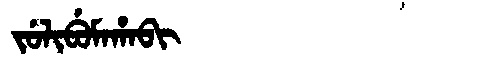
Manchu: ᠵᡠᠯᡳᠪᡠᠮᠠᡥᠠᠪᡳ
Romanization: JULIBUMAHABI